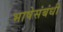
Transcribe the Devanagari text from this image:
भाषेसंबंधी